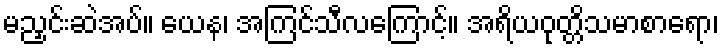
မညှင်းဆဲအပ်။ ယေန၊ အကြင်သီလကြောင့်။ အရိယဝုတ္တိသမာစာရော၊